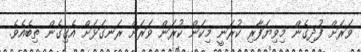
ވަރަށް ފުދިގެން މިވިޔަފާރި ކުރަނީ މިކަން ކުރަން ވަރަށް ރަނގަޅަށް އެގިގެން ތިބެއެވެ.